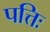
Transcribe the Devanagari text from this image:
पत्तिः